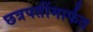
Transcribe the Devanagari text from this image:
छत्रपतींमार्फत